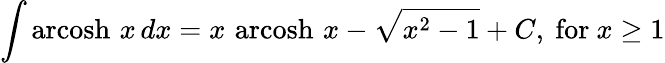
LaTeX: \int\operatorname{arcosh}\, x\, dx=x\, \operatorname{arcosh}\, x-{\sqrt{x^{2}-1}}+C,{\mathrm{~for~}}x\geq 1